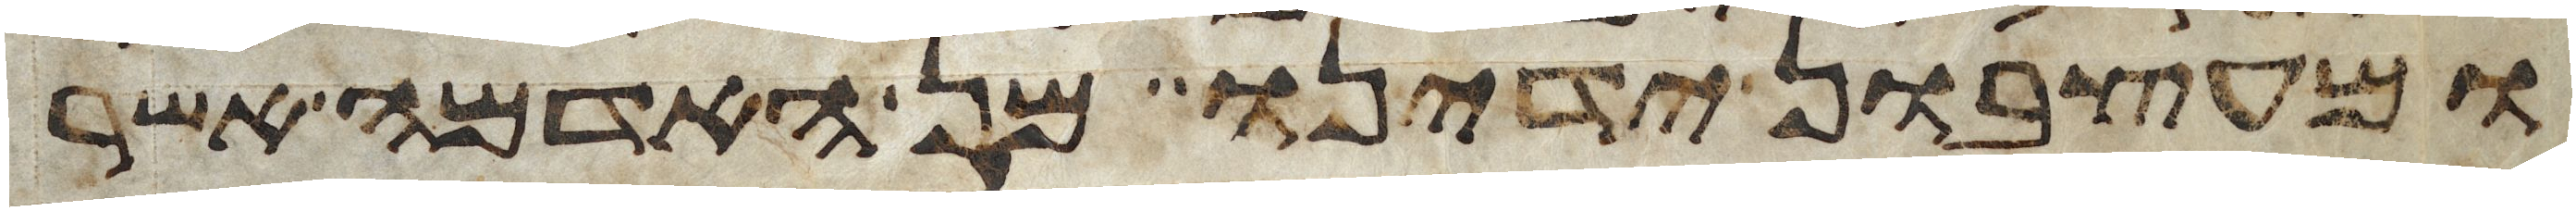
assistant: ומעצבון ידינו מן האדמה אשר